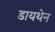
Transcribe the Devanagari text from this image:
डायथेन